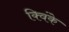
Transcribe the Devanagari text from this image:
क्विंके